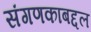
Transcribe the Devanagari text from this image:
संगणकाबद्दल